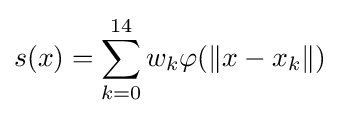
s(x)=\sum \limits _{k=0}^{14}w_{k}\varphi (\|x-x_{k}\|)